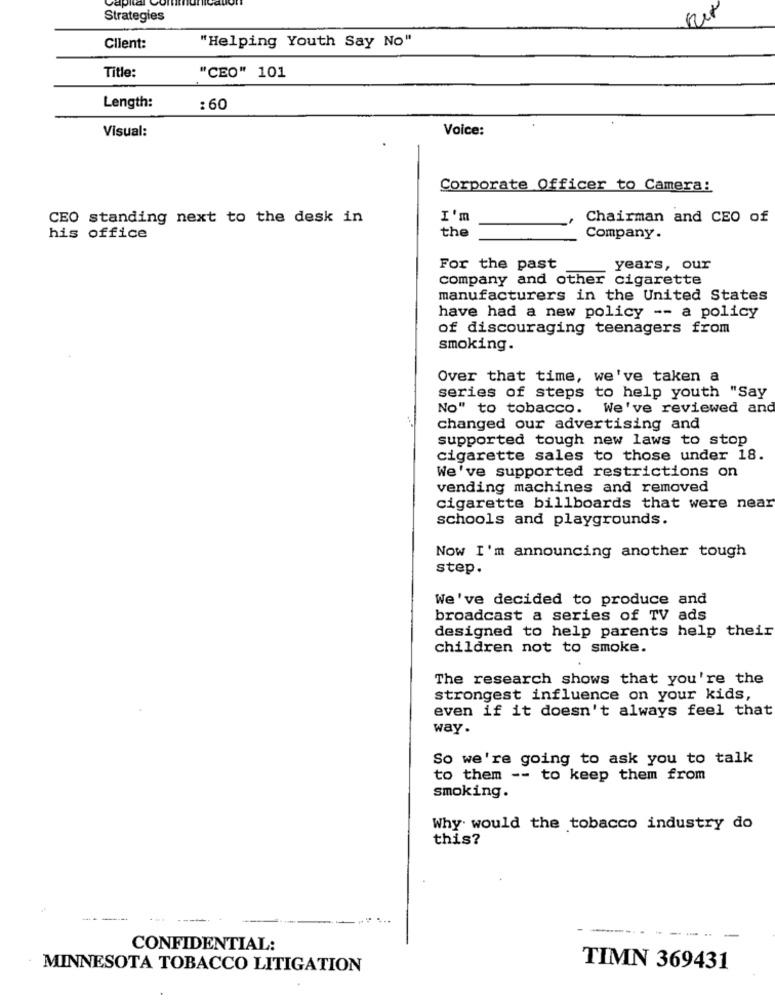
Strategies
sur
"Helping Youth Say No"
Client:
Title:
"CEO" 101
Length:
: 60
Visual:
Voice:
Corporate Officer to Camera:
CEO standing next to the desk in
I'm
Chairman and CEO of
his office
the
Company.
For the past
years, our
company and other cigarette
manufacturers in the United States
have had a new policy -- a policy
of discouraging teenagers from
smoking.
Over that time, we've taken a
series of steps to help youth "Say
No" to tobacco.
We've reviewed and
changed our advertising and
supported tough new laws to stop
cigarette sales to those under 18.
We've supported restrictions on
vending machines and removed
cigarette billboards that were near
schools and playgrounds.
Now I'm announcing another tough
step.
We've decided to produce and
broadcast a series of TV ads
designed to help parents help their
children not to smoke.
The research shows that you're the
strongest influence on your kids,
even if it doesn't always feel that
way.
So we're going to ask you to talk
to them -- to keep them from
smoking.
Why would the tobacco industry do
this?
CONFIDENTIAL:
MINNESOTA TOBACCO LITIGATION
TIMN 369431